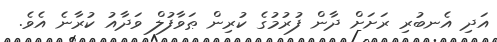
އަދި އެނބުރި ރަށަށް ދާން ފުރުމުގެ ކުރިން ޠަވާފުލް ވަދާއު ކުރާނެ އެވެ.